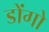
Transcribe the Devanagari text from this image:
डोंगो